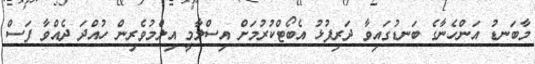
މާބަނޑު އަންހެނާގެ ބަނޑުގައިވާ ދަރިފުޅު އެބޯޓްކުރުމަށް އިސްލާމީ އިލްމުވެރިން ހުއްދަ ދެއްވާ ފަސް